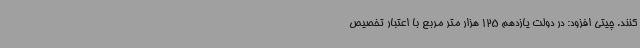
‌کنند. چیتی افزود: در دولت یازدهم 125 هزار متر مربع با اعتبار تخصیص